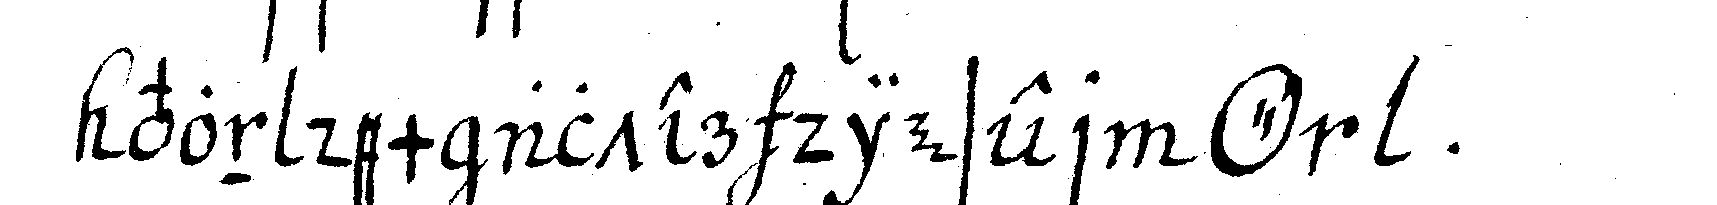
von dem alter dieser *o*  .